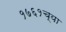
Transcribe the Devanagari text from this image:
१७६१च्या